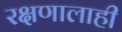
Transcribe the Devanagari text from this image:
रक्षणालाही